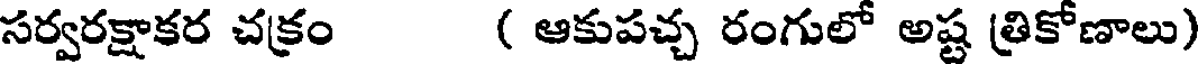
సర్వరక్షాకర చక్రం ( ఆకుపచ్చ రంగులో అష్ట త్రికోణాలు)